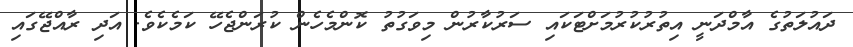
ދައުލަތުގެ އާމްދަނީ އިތުރުކުރުމަށްޓަކައި ސަރުކާރުން މިވަގުތު ކޮންމެހެން ކުރަންޖެހޭ ކަމެކެވެ. އަދި ރާއްޖޭގައި